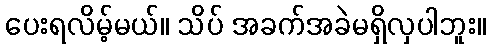
ပေးရလိမ့်မယ်။ သိပ် အခက်အခဲမရှိလှပါဘူး။